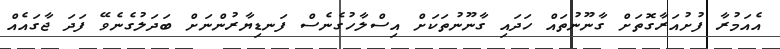
އެއަމުރާ ފުށުއަރާގޮތަށް ގާނޫނުތައް ހަދައި ގާނޫނުތަކަށް އިސްލާހުގެނެސް ފަނޑިޔާރުންނަށް ބަދަލުގެނެވޭ ފަދަ ޖާގައެއް